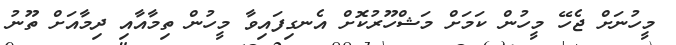
މީހުނަށް ޖެހޭ މީހުން ކަމަށް މަޝްހޫރުކޮށް އެނގިފައިވާ މީހުން ތިމާއާއި ދިމާއަށް ތޫނު